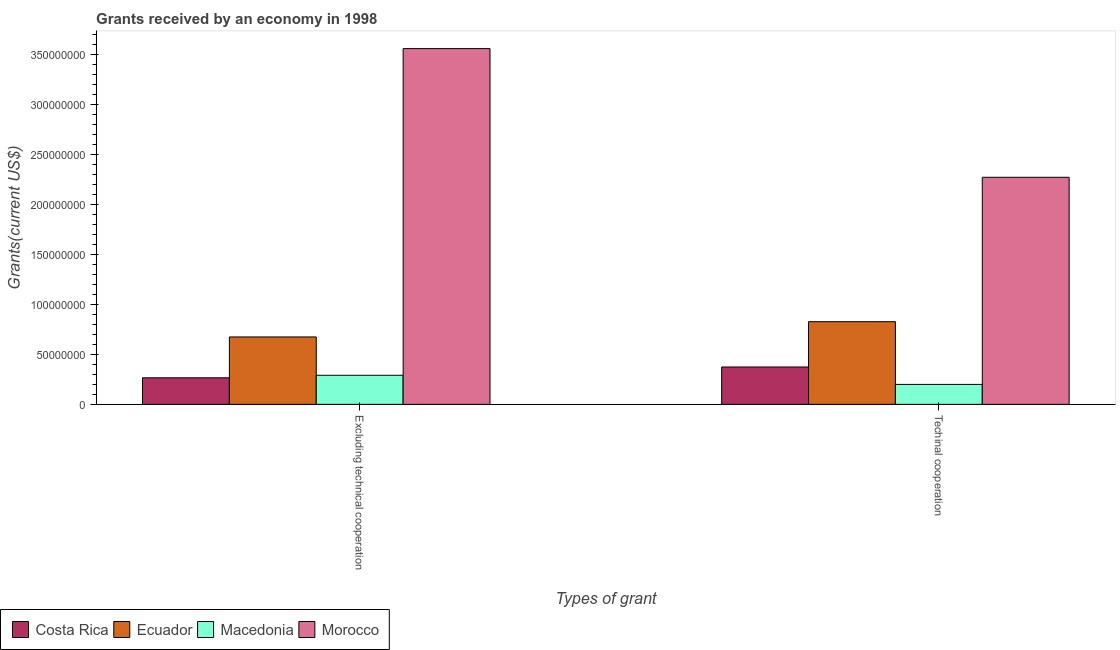
| Types of grant | Costa Rica | Ecuador | Macedonia | Morocco |
 | --- | --- | --- | --- | --- |
 | Excluding technical cooperation | 2.66e+07 | 6.74e+07 | 2.91e+07 | 3.56e+08 |
 | Techinal cooperation | 3.74e+07 | 8.26e+07 | 1.99e+07 | 2.27e+08 |